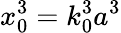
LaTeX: x_{0}^{3}=k_{0}^{3}a^{3}